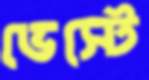
ভেস্টে